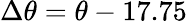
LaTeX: \Delta\theta=\theta-17.75